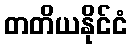
တတိယနိုင်ငံ